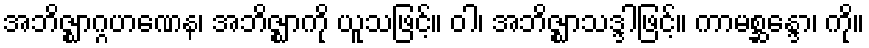
အဘိဇ္ဈာဂ္ဂဟဏေန၊ အဘိဇ္ဈာကို ယူသဖြင့်။ ဝါ၊ အဘိဇ္ဈာသဒ္ဒါဖြင့်။ ကာမစ္ဆန္ဒော၊ ကို။